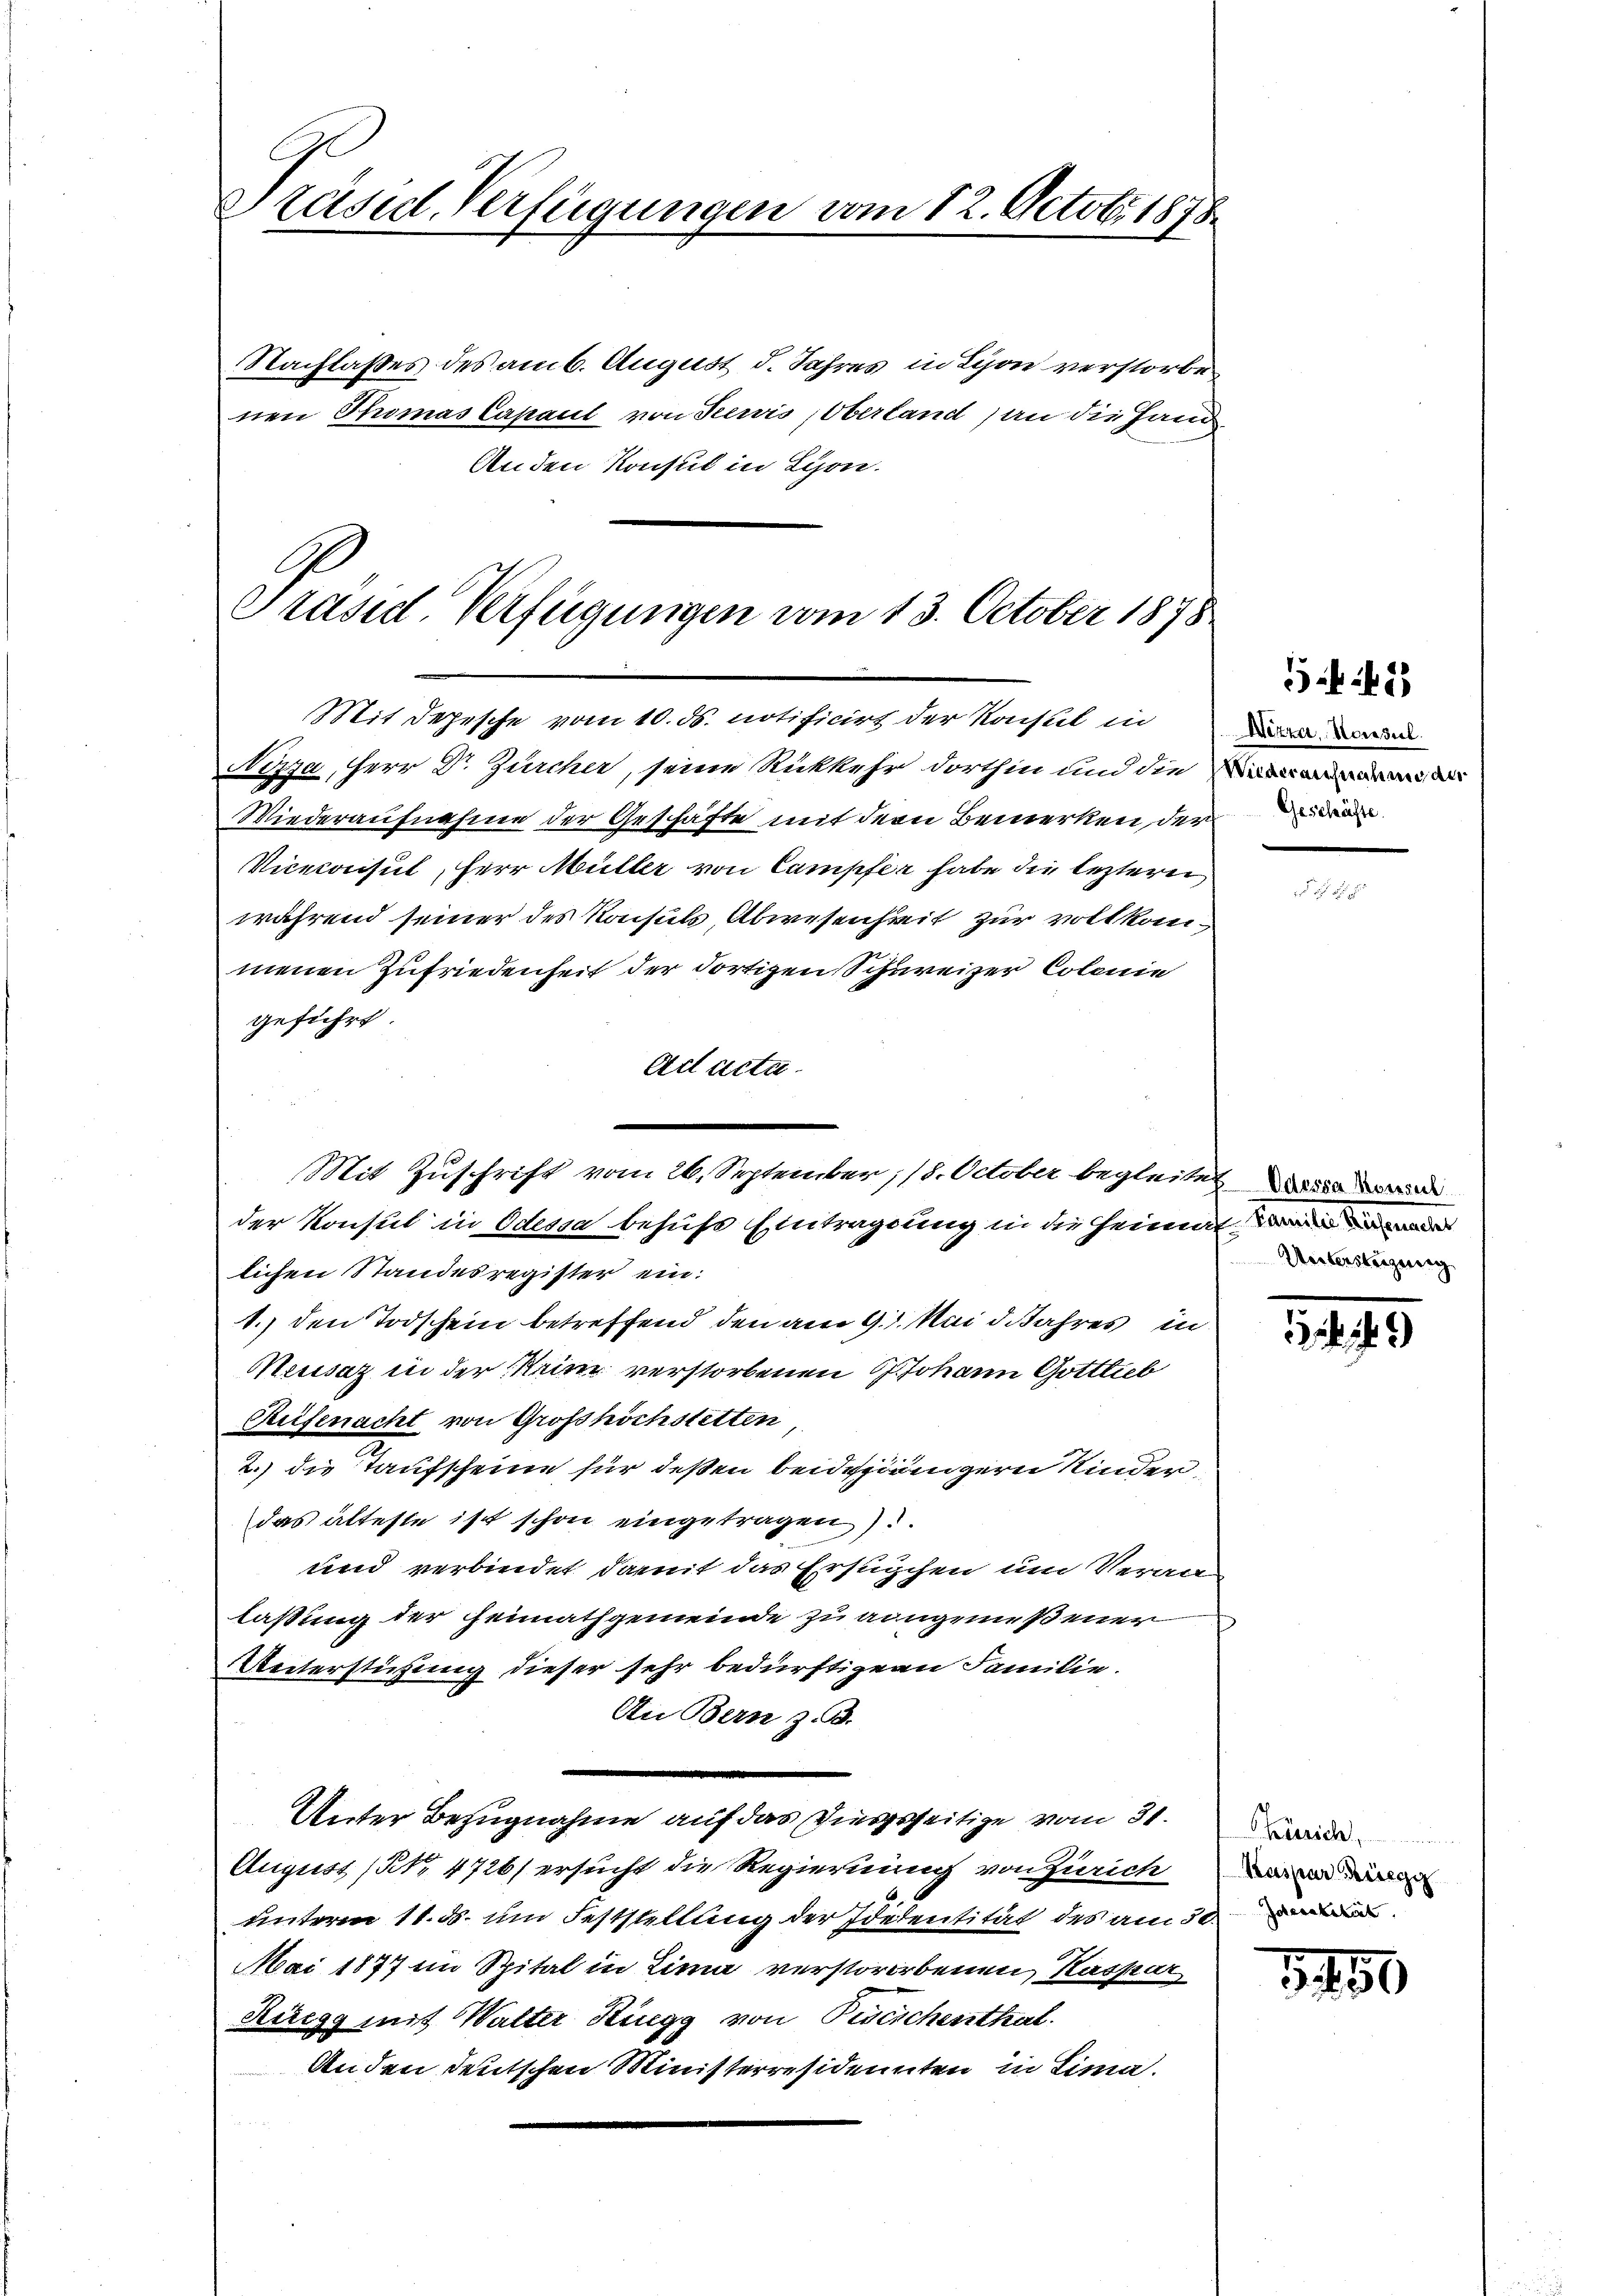
Präsidl-Verfügungen vom 12. Octobr. 1878.

Nachlaßes des am 6. August d. Jahres in Lyon verstorbe
nen Thomas Capaul von Servis, Oberland) an die Hand
An den Konsul in Lyon.

Präsid. Verfügungen vom 13. October 1878

Mit Zuschrift vom 26. September, 18. October begleitet is

Mit Depesche vom 10. ds. notificirt der Konsul in
Nizza, Herr Dr. Zürcher, seine Rükkehr dorthin und die
Wiederaufnahme der Geschäfte mit der Bemerken der de
Viceconsul, Herr Müller von Campfer habe die leztern
während seiner des Konsuls, Abwesenheit zur vollkommenen Zufriedenheit der dortigen Schweizer Colonie
geführt
Ad acta.
der Konsul in Odessa behufs Eintragung in die Heimat de
lichen Standesregister ein:
1.) den Todschein betreffend den am 9. Mai d. Jahres in
Meusaz in der im verstorbenen Johann Gottlieb
Reifenacht von Grosshöchstetten
2.) die Taufscheine für deßen beidengern Kinder
das älteste ist schon eingetragen)
und verbindet, damit das Ersuchen um Veran
laßung der Heimathgemeinde zu angemeßener
Unterstüzung dieser sehr bedürftigen Familie.
An Bern z. B.
Unter Bezugnahme auf das Viersseitige vom 31.
August (NNo. 4726) ersucht die Regierung von Zürich a
unterm 11. ds. um Feststellung der Idetentität des am 30. un
Mai 1877 im Spital in Lina verstororbenen Kaspar
Rüegg mit Walter Ringg von Zwischenthal
Anden deutschen Ministerresidenten in Lima.

2
Wezza Horseel.

Unterstüzung

21149

essch

3450